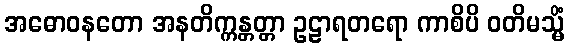
အဓောဝနတော အနတိက္ကန္တတ္တာ ဥဠာရတရော ကာစိပိ ဝတိမသ္မိံ